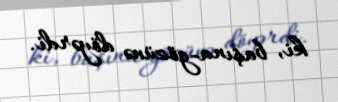
ki, başına-gözünə döyərdi.